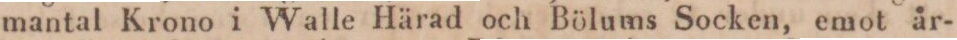
mantal Krono i Walle Härad och Bölums Socken, emot år-